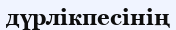
дүрлікпесінің